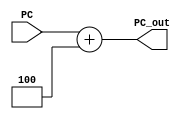
`timescale 1ns / 1ps
module PCPlus4(
    input [31:0] PC,
    output reg [31:0] PC_out
    );
    
    always@(PC) begin
    PC_out = PC + 32'd4;
    end
endmodule